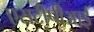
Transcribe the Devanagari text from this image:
एसटीपीआई